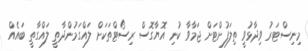
މިނިސްޓަރު ވިދާޅުވީ ތިލަފުށްޓަށް ޖަމާވާ ކުނި އޮޔާގޮސް ރިސޯޓްތަކަށް ލައްގަމުންދާތީ ލައްގާތީ ބައެއް